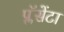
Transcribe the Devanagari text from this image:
प्लॅसेंटा